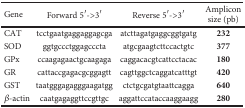
<table><thead><tr><td><b>Gene</b></td><td><b>Forward 5′-&gt;3′</b></td><td><b>Reverse 5′-&gt;3′</b></td><td><b>Amplicon size (pb)</b></td></tr></thead><tbody><tr><td>CAT</td><td>tcctgaatgaggaggagcga</td><td>atcttagatgaggcggtgatg</td><td><b>232</b></td></tr><tr><td>SOD</td><td>ggtgccctggagcccta</td><td>atgcgaagtcttccactgtc</td><td><b>377</b></td></tr><tr><td>GPx</td><td>ccaagagaactgcaagaga</td><td>caggacacgtcattcctacac</td><td><b>180</b></td></tr><tr><td>GR</td><td>cattaccgagacgcggagtt</td><td>cagttggctcaggatcatttgt</td><td><b>420</b></td></tr><tr><td>GST</td><td>taatgggagagggaagatgg</td><td>ctctgcgatgtaattcagga</td><td><b>640</b></td></tr><tr><td><i>β</i>-actin</td><td>caatgagaggttccgttgc</td><td>aggattccataccaaggaagg</td><td><b>280</b></td></tr></tbody></table>